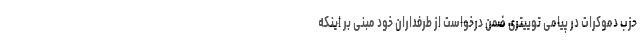
حزب دموکرات در پیامی توییتری ضمن درخواست از طرفداران خود مبنی بر اینکه